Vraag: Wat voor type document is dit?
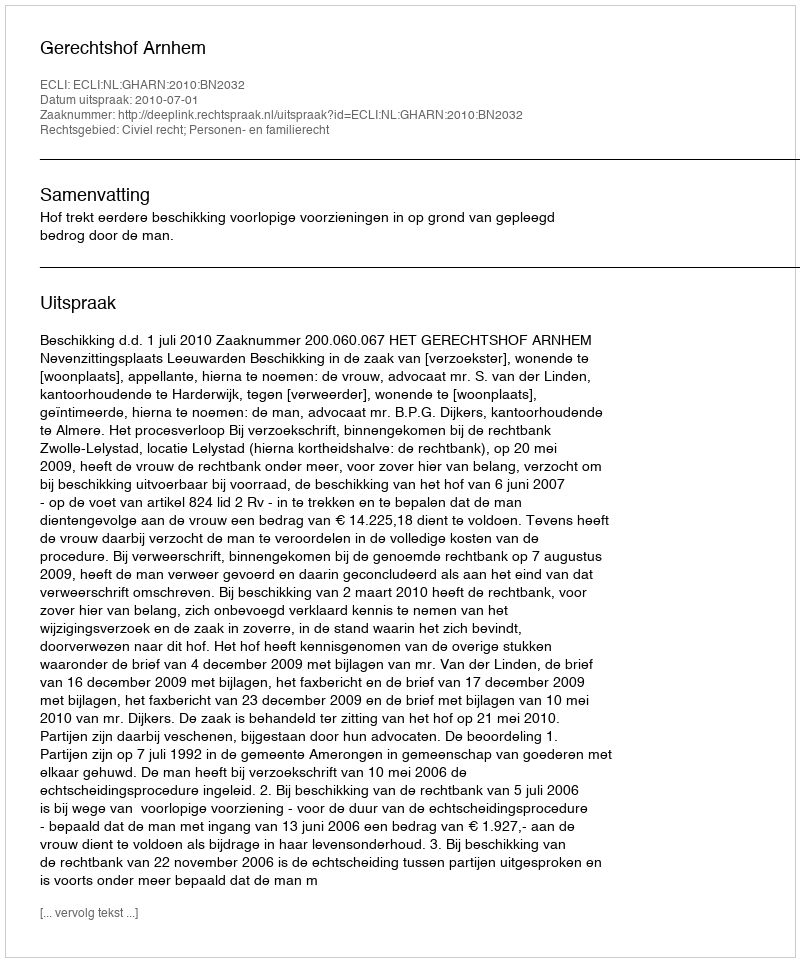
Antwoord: Uitspraak